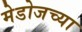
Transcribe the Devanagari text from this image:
मेडोजच्या